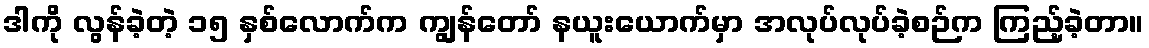
ဒါကို လွန်ခဲ့တဲ့ ၁၅ နှစ်လောက်က ကျွန်တော် နယူးယောက်မှာ အလုပ်လုပ်ခဲ့စဉ်က ကြည့်ခဲ့တာ။